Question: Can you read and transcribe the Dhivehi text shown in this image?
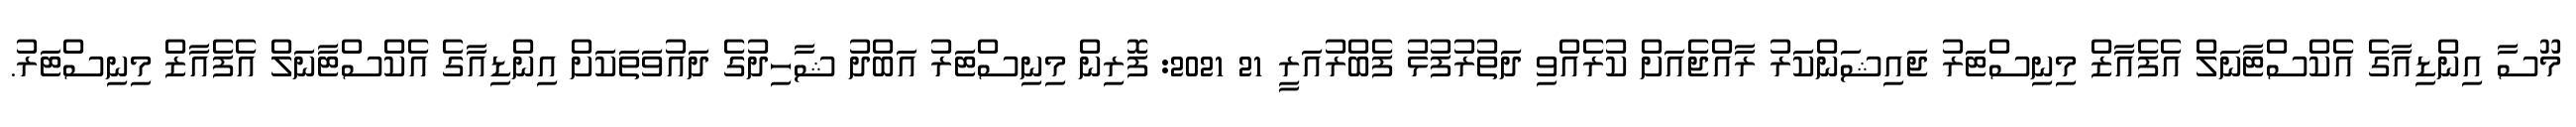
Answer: މޫސާ އިންޑިއާގެ އެކްސްޓާނަލް އެފެއާޒް މިނިސްޓަރު ޖައިޝަންކަރު ރާއްޖެއަށް ކުރެއްވި ދަތުރުފުޅު ފެބްރުއަރީ 21 2021: ފޮރިން މިނިސްޓަރު އަބްދު ޝާހިދުގެ ދައުވަތަކަށް އިންޑިއާގެ އެކްސްޓާނަލް އެފެއާޒް މިނިސްޓަރު.